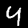
Label: 4